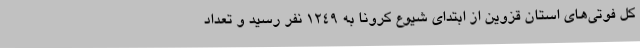
کل فوتی‌های استان قزوین از ابتدای شیوع کرونا به 1249 نفر رسید و تعداد